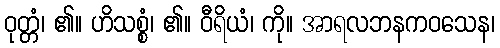
ဝုတ္တံ၊ ၏။ ဟိသစ္စံ၊ ၏။ ဝီရိယံ၊ ကို။ အာရလဘနကဝသေန၊